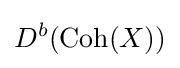
D^{b}(\operatorname {Coh} (X))